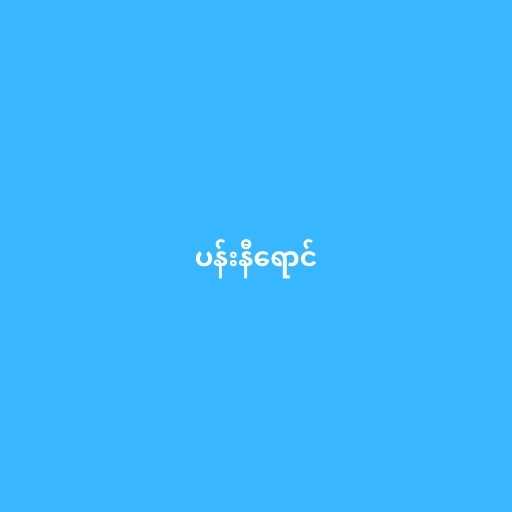
ပန်းနီရောင်